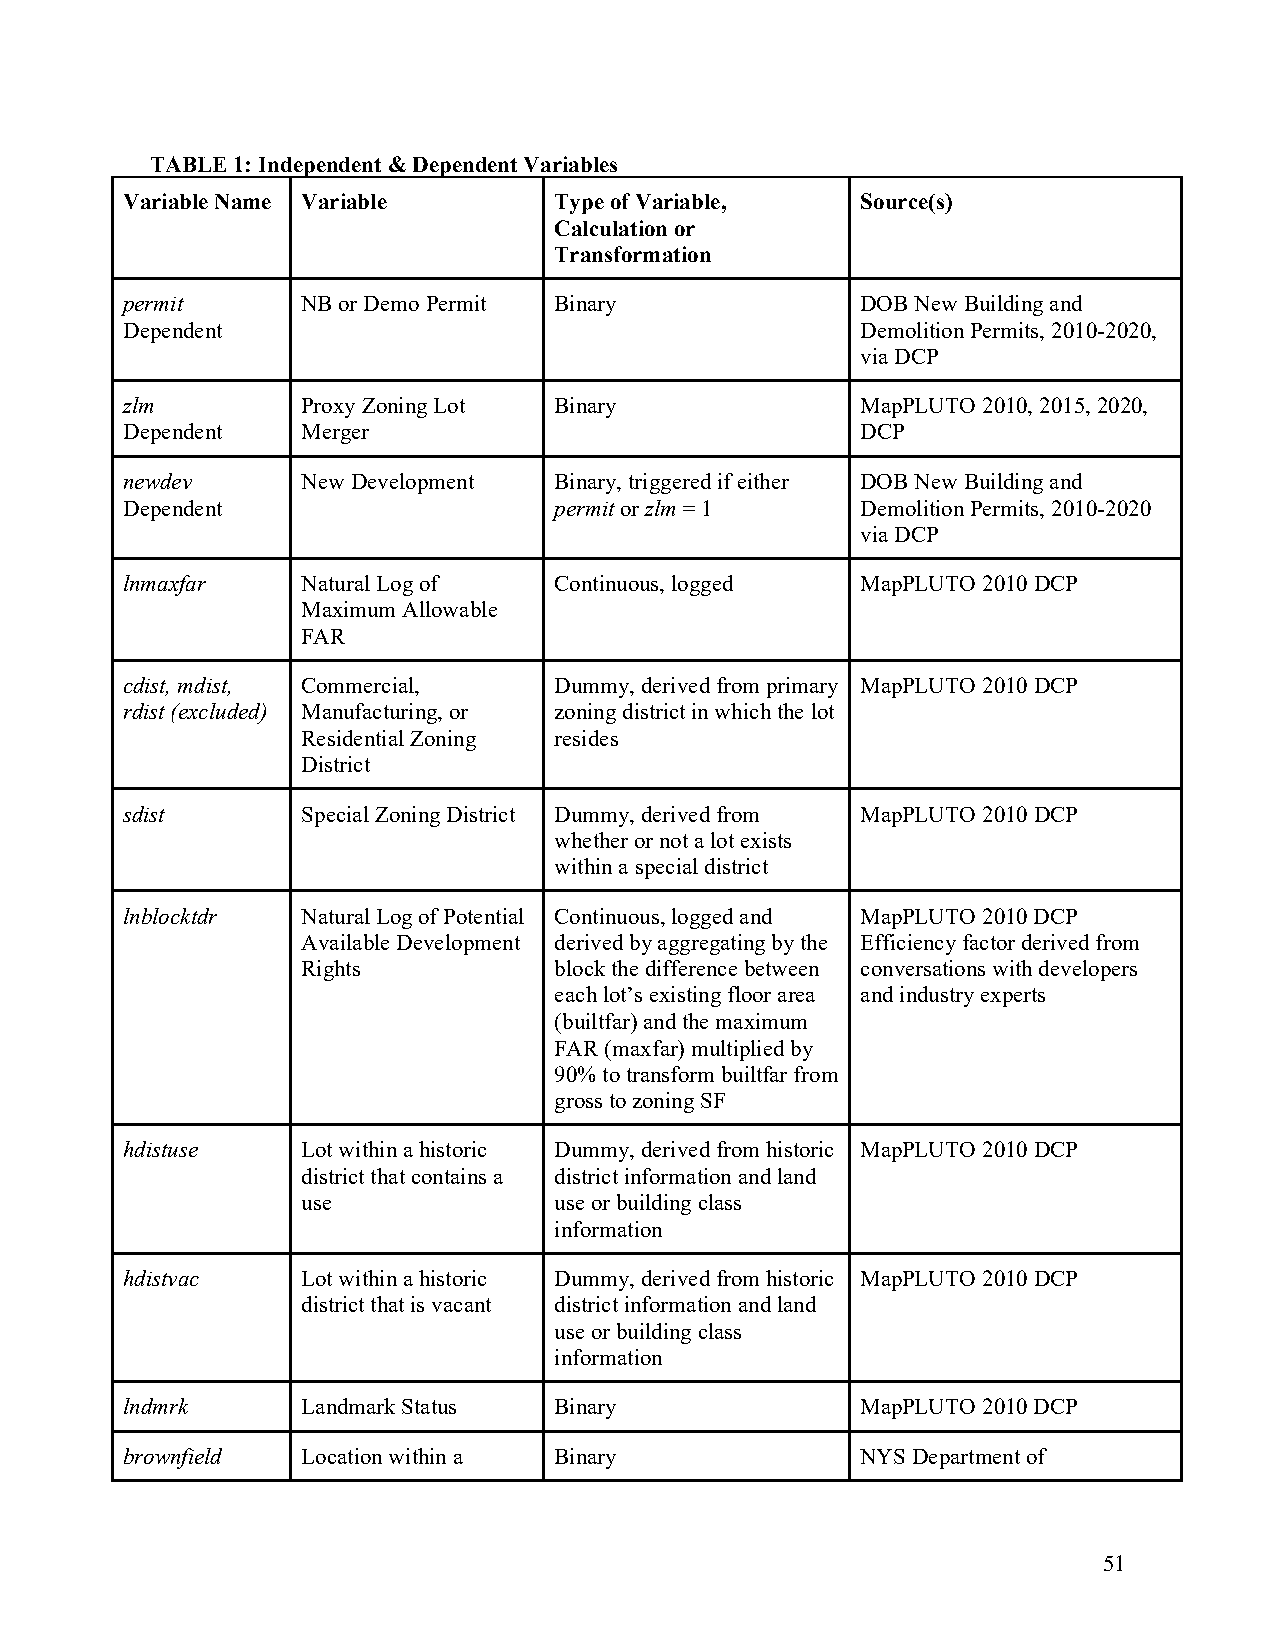
TABLE 1: Independent & Dependent Variables
 Variable Name Variable       Type of Variable,   Source(s)
 Calculation or
 Transformation
 permit      NB or Demo Permit Binary             DOB New Building and
 Dependent                                        Demolition Permits, 2010-2020,
 via DCP
 zlm         Proxy Zoning Lot Binary              MapPLUTO 2010, 2015, 2020,
 Dependent   Merger                               DCP
 newdev      New Development  Binary, triggered if either DOB New Building and
 Dependent                    permit or zlm = 1   Demolition Permits, 2010-2020
 via DCP
 lnmaxfar    Natural Log of   Continuous, logged  MapPLUTO 2010 DCP
 Maximum Allowable
 FAR
 cdist, mdist, Commercial,    Dummy, derived from primary MapPLUTO 2010 DCP
 rdist (excluded) Manufacturing, or zoning district in which the lot
 Residential Zoning resides
 District
 sdist       Special Zoning District Dummy, derived from MapPLUTO 2010 DCP
 whether or not a lot exists
 within a special district
 lnblocktdr  Natural Log of Potential Continuous, logged and MapPLUTO 2010 DCP
 Available Development derived by aggregating by the Efficiency factor derived from
 Rights           block the difference between conversations with developers
 each lot’s existing floor area and industry experts
 (builtfar) and the maximum
 FAR (maxfar) multiplied by
 90% to transform builtfar from
 gross to zoning SF
 hdistuse    Lot within a historic Dummy, derived from historic MapPLUTO 2010 DCP
 district that contains a district information and land
 use              use or building class
 information
 hdistvac    Lot within a historic Dummy, derived from historic MapPLUTO 2010 DCP
 district that is vacant district information and land
 use or building class
 information
 lndmrk      Landmark Status  Binary              MapPLUTO 2010 DCP
 brownfield  Location within a Binary             NYS Department of
 51